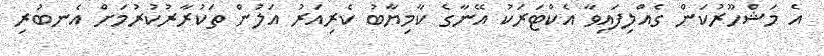
އެ މަޝްހޫރުކަން ގެއްލިފައިވާ އެކްޓަރަކު އޭނާގެ ކާމިޔާބު ކެރިއަރު އަލުން ތަކުރާރުކުރުމަށް އެނބުރި